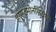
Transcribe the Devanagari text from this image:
हर्स्टमोनसिउक्स